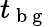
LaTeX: t_{\mathrm{~b~g~}}